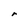
Character: r